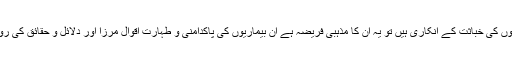
اگر مرزائی ان بیماریوں کی خباثت کے انکاری ہیں تو یہ ان کا مذہبی فریضہ ہے ان بیماریوں کی پاکدامنی و طہارت اقوال مرزا اور دلائل و حقائق کی روشنی سے ثابت کریں۔